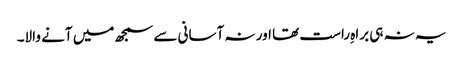
یہ نہ ہی براہِ راست تھا اور نہ آسانی سے سمجھ میں آنے والا۔